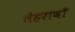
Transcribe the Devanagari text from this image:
तेहरावाँ